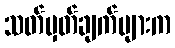
သတ်မှတ်ချက်များက